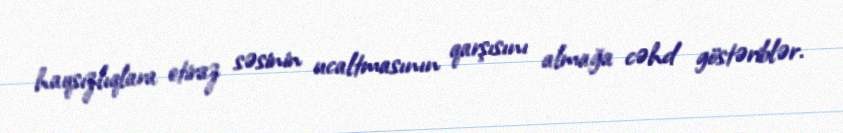
haqsızlıqlara etiraz səsinin ucaltmasının qarşısını almağa cəhd göstəriblər.